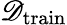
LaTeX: \mathscr{D}_{\textrm{train}}